Lunatic asylums Madras 1892-1911 - 1892-1911
Year: 1892
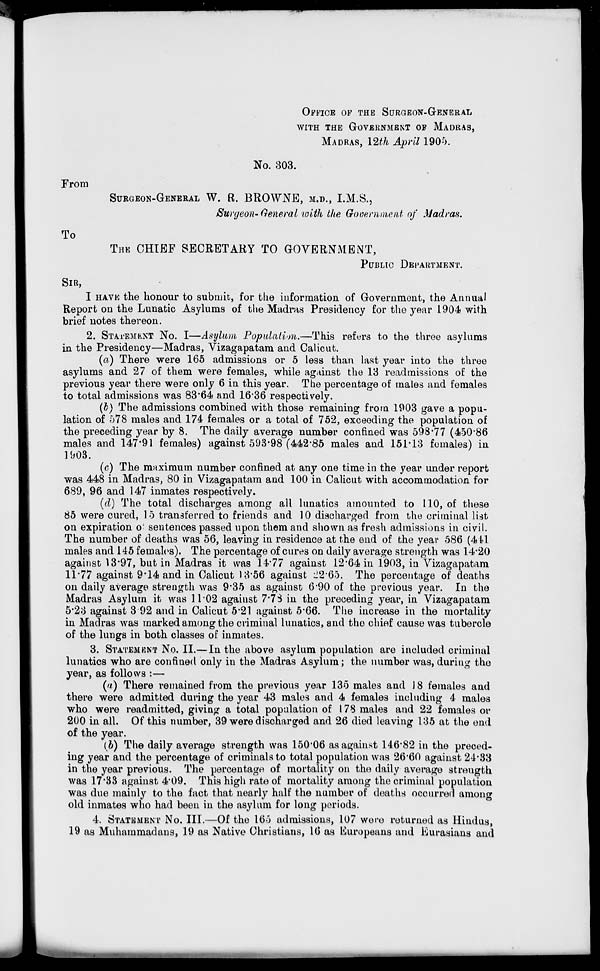
From
To
OFFICE OF THE SURGEON-GENERAL
WITH THE GOVERNMENT OF MADRAS,
MADRAS, 12th April 1905.
No. 303.
SURGEON-GENERAL W. R. BROWNE, M.D., I.M.S.,
Surgeon- General with the Government of Madras.
THE CHIEF SECRETARY TO GOVERNMENT,
PUBLIC DEPARTMENT.
SIR,
I HAVE the honour to submit, for the information of Government, the Annual
Report on the Lunatic Asylums of the Madras Presidency for the year 1904 with
brief notes thereon.
2. STATEMENT NO. I—Asylum Population.—This refers to the three asylums
in the Presidency—Madras, Vizagapatam and Calicub.
(a) There were 165 admissions or 5 less than last year into the three
asylums and 27 of them were females, while against the 13 readmissions of the
previous year there were only 6 in this year. The percentage of males and females
to total admissions was 83*64 and 1636 respectively.
(b) The admissions combined with those remaining from 1903 gave a popu-
lation of 578 males and 174 females or a total of 752, exceeding the population of
the preceding year by 8. The daily average number confined was 598*77 (450*86
males and 147-91 females) against 593-98 (442*85 males and 151*13 females) in
1903.
(c) The maximum number confined at any one time in the year under report
was 448 in Madras, 80 in Vizagapatam and 100 in Calicut with accommodation for
689, 96 and 147 inmates respectively.
(d) The total discharges among all lunatics amounted to 110, of these
85 were cured, 15 transferred to friends and 10 discharged from the criminal list
on expiration o' sentences passed upon them and shown as fresh admissions in civil.
The number of deaths was 56, leaving in residence at the end of the year 586 (411
males and 145 females). The percentage of cures on daily average strength was 14*20
against 13*97, but in Madras it was 14*77 against 12*64 in 1903, in Vizagapatam
11*77 against 9*14 and in Calicut KV56 against *J2*65. The percentage of deaths
on daily average strength was 9*35 as against 6*90 of the previous year. In the
Madras Asylum it was 11*02 against 7*7S in the preceding year, in Vizagapatam
5'2o against 3 92 and in Calicut 5*21 against 5*66. The increase in the mortality
in Madras was marked among the criminal lunatics, and the chief cause was tubercle
of the lungs in both classes of inmates.
3. STATEMENT No. II.— In the above asylum population are included criminal
lunatics who are confined only in the Madras Asylum; the number was, during the
year, as follows :—
(a) There remained from the previous year 135 males and 18 females and
there were admitted during the year 43 males and 4 females including 4 males
who were readmitted, giving a total population of 178 males and 22 females or
200 in all. Of this number, 39 were discharged and 26 died leaving 135 at the end
of the year.
(b) The daily average strength was 150*06 as against 146*82 in the preced-
ing year and the percentage of criminals to total population was 26*60 against 21*33
in the year previous. The percentage of mortality on the daily average strength
was 17*33 against 4*09. This high rate of mortality among the criminal population
was clue mainly to the fact that nearly half the number of deaths occurred among
old inmates who had been in the asylum for long periods.
4. STATEMENT NO. III.—Of the 165 admissions, 107 were returned as Hindus,
19 as Muhammadans, 19 as Native Christians, 16 as Europeans and Eurasians and